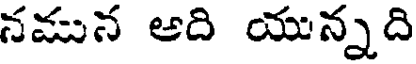
నమున ఆది యున్నది